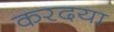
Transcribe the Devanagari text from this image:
करदया